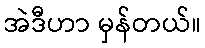
အဲဒီဟာ မှန်တယ်။